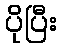
ပိုပြီး